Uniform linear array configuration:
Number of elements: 12
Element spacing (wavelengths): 0.25
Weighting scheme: exponential
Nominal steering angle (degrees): -45
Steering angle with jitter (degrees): -43.399
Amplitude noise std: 0.05
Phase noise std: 0.05

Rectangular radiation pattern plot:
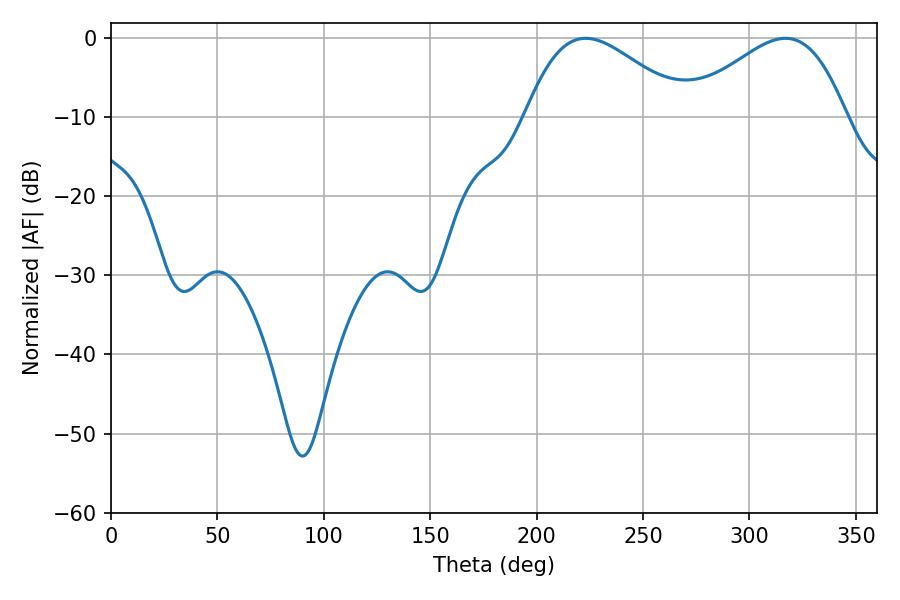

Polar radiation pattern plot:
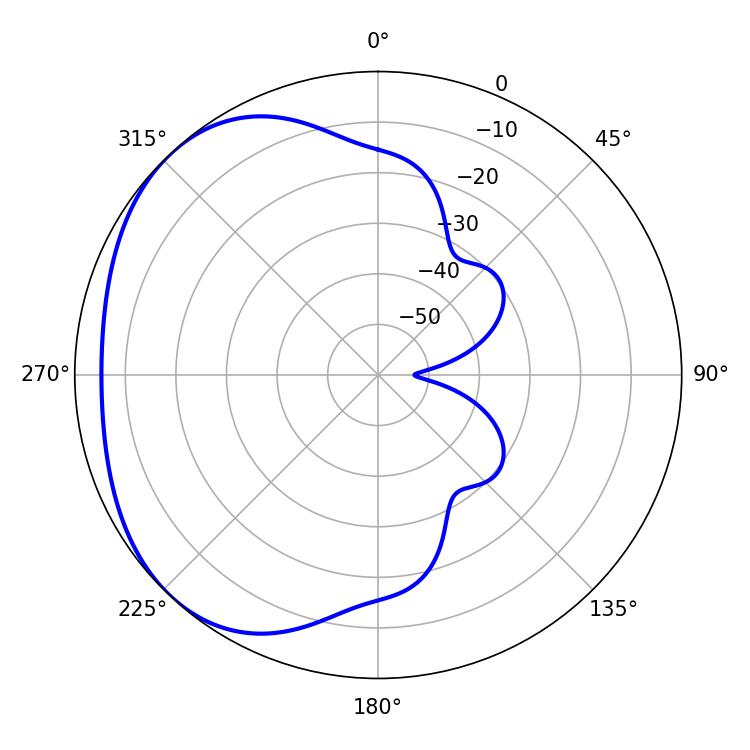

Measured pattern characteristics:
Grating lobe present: FALSE
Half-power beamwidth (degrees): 40.5
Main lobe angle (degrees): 223.02